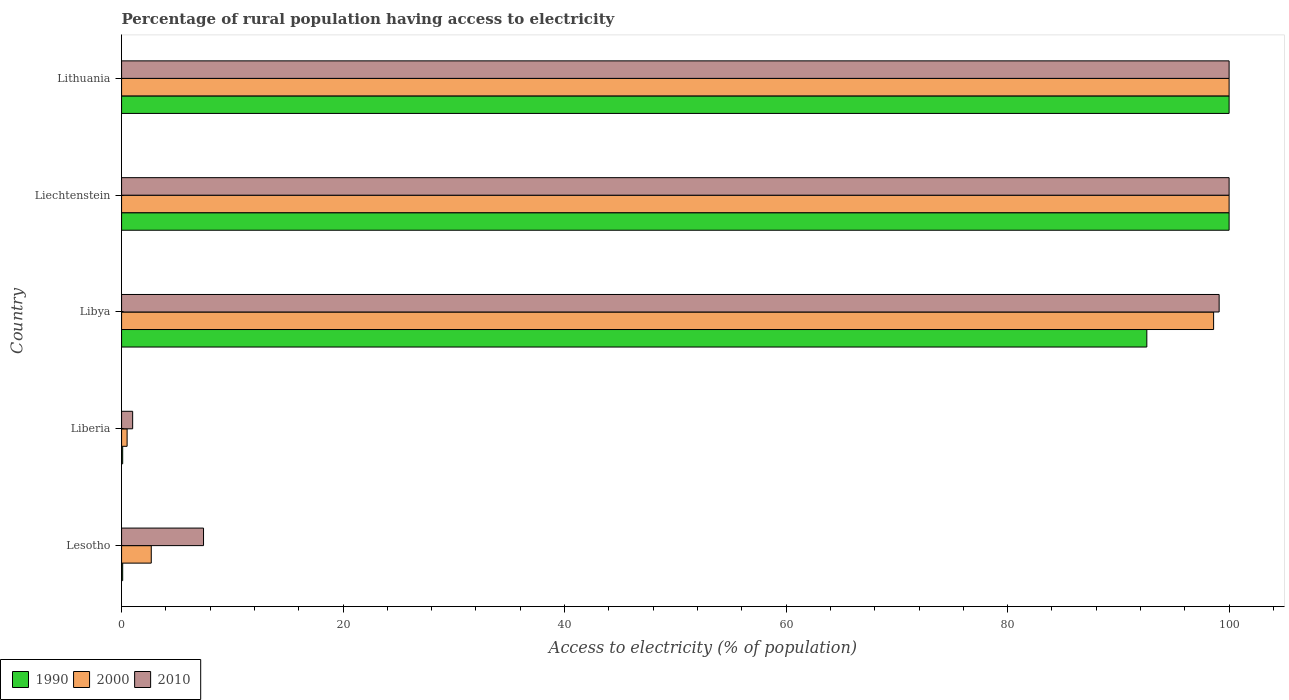
| Country | 1990 | 2000 | 2010 |
 | --- | --- | --- | --- |
 | Lesotho | 0.1 | 2.68 | 7.4 |
 | Liberia | 0.1 | 0.5 | 1 |
 | Libya | 92.6 | 98.6 | 99.1 |
 | Liechtenstein | 100 | 100 | 100 |
 | Lithuania | 100 | 100 | 100 |